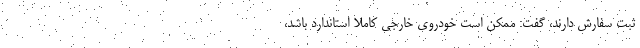
ثبت سفارش دارند، گفت: ممکن است خودروی خارجی کاملاً استاندارد باشد،